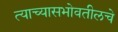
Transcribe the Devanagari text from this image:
त्याच्यासभोवतीलचे